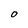
Character: O